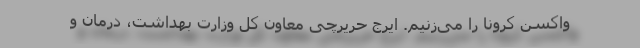
واکسن کرونا را می‌زنیم. ایرج حریرچی معاون کل وزارت بهداشت، درمان و